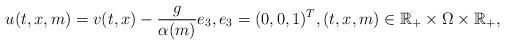
LaTeX: \begin{align*}u(t,x,m) = v(t,x) - \frac{g}{\alpha (m)} e_3 , e_3 = (0,0,1)^T , (t,x,m) \in \mathbb{R}_+\times \Omega \times \mathbb{R}_+ ,\end{align*}